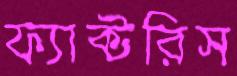
ফ্যাক্টরিস